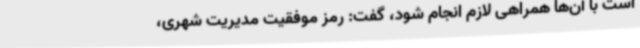
است با آن‌ها همراهی لازم انجام شود، گفت: رمز موفقیت مدیریت شهری،